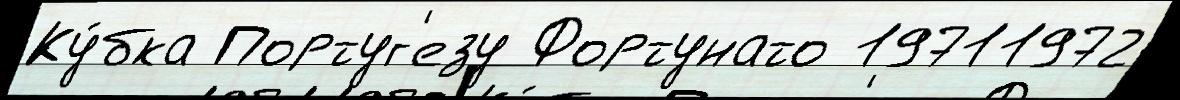
Ку́бка Португ'езу Фортунато 19711972